Annual statistical returns and brief notes on vaccination in Bengal - 1909-1929
Year: 1909
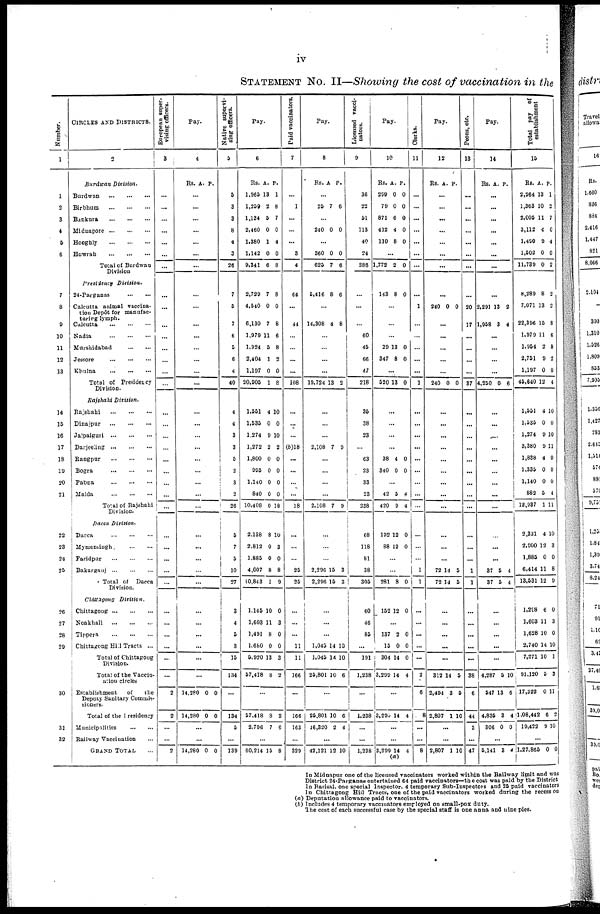
iv
STATEMENT No. II—Showing the cost of vaccination in the
Number.
1
1
2
3
4
5
6
7
8
9
10
11
12
13
14
15
16
17
18
19
20
21
22
23
24
25
26
27
28
29
30
31
32
CIRCLES AND DISTRICTS.
2
Burdwan
Division.
Burdwan
...
...
...
Birbhum
...
...
...
Bankura
...
...
...
Midnapore
...
...
...
Hooghly
...
...
...
Howrah
...
...
...
Total of Burdwan
Division
Presidency Division.
24-Parganas
...
...
Calcutta animal vaccina-
tion Depôt for manufac-
turing lymph.
Calcutta
...
...
...
Kadia
...
...
...
Murshidabad
...
...
Jessore
...
...
...
Kbulna
...
...
...
Total of Presidency
Division.
Rajshahi
Division.
Rajshahi
...
...
...
Dinajpur
...
...
...
Jalpaiguri
...
...
...
Darjeeling
...
...
...
Rangpur
...
...
...
Bogra
...
...
...
Pabna
...
...
...
Malda
...
...
...
Total of Rajshahi
Division.
Dacca Division.
Dacca
...
...
...
Mymensingh
...
...
Faridpur
...
...
...
Bakarganj
...
...
...
Total of Dacca
Division.
Chittagong Division.
Chittagong
...
...
...
Noakhali
...
...
...
Tippera
...
...
...
Chittagong Hill Tracts ...
Total of Chittagong
Division.
Total of the Vaccin-
ation circles
Establishment
of
the
Deputy Sanitary Commis-
sioners.
Total of the Presidency
Municipalities
...
...
Railway Vaccination ...
GRAND TOTAL ...
European super-
vising officers.
3
...
...
...
...
...
...
...
...
...
...
...
...
...
...
...
...
...
...
...
...
...
...
...
...
...
...
...
...
...
...
...
...
...
...
...
2
2
...
...
2
Pay.
4
Rs. A. P.
...
...
...
...
...
...
...
...
...
...
...
...
...
...
...
...
...
...
...
...
...
...
...
...
...
...
...
...
...
...
...
...
...
...
...
14,280
14,280
0
0
0
0
...
...
14,280 0 0
Native supervi-
sing officers.
5
5
3
3
8
4
3
26
7
5
7
6
5
6
4
40
4
4
3
3
5
2
3
2
26
5
7
5
10
27
3
4
5
3
15
134
...
134
5
...
139
Pay.
6
Rs.
1,965
1,259
1,134
2,460
1,380
1,142
9,341
A.
13
2
5
0
1
0
6
P.
1
8
7
0
4
0
8
2,729
4,540
6,130
1,979
1,924
2,404
1,197
20,905
7
0
7
11
5
1
0
1
8
0
8
6
8
2
0
8
1,551
1,535
1,274
1,272
1,800
995
1,140
840
10,408
4
0
9
2
0
0
0
0
0
10
0
10
2
0
0
0
0
10
2,138
2,812
1,885
4,007
10,843
8
0
0
8
1
10
3
0
8
9
1,145
1,603
1,491
1,680
5,920
57,418
10
11
8
0
13
8
0
3
0
0
3
2
...
57,418
2,796
8
7
2
6
...
60,214 15 8
Paid vaccinators.
7
...
1
...
...
...
3
4
64
...
44
...
...
...
...
108
...
...
...
(b)18
...
...
...
...
18
...
...
...
25
25
...
...
...
11
11
166
...
166
163
...
329
Pay.
8
Rs. A P.
...
25 7 6
...
240 0 0
...
360
625
0
7
0
6
5,416 8 6
...
14,308 4 8
...
...
...
...
19,724 13 2
...
...
...
2,108 7 9
...
...
...
...
2,108 7 9
...
...
...
2,296
2,296
15
15
3
3
...
...
...
1,045
1,045
25,801
14
14
10
10
10
6
...
25,801
16,320
10
2
6
4
...
42,121 12 10
Licensed vacci-
nators.
9
36
22
51
113
40
24
286
...
...
...
60
45
66
47
218
35
38
23
...
63
23
33
23
238
68
118
81
38
305
60
46
85
...
191
1,238
...
1,238
...
...
1,238
Pay.
10
Rs.
299
79
871
412
110
A.
0
0
6
4
8
P.
0
0
0
0
0
...
1,772 2 0
143 8 0
...
...
...
29
347
13
8
0
0
...
520 13 0
...
...
...
...
38
340
4
0
0
0
...
42
420
5
9
4
4
192
88
12
12
0
0
...
...
281 8 0
152 12 0
...
137
15
304
3,299
2
0
14
14
0
0
0
4
...
3,298 14 4
...
...
3,295 14
(a)
4
Clerks.
11
...
...
...
...
...
...
...
...
1
...
...
...
...
...
1
...
...
...
...
...
...
...
...
...
...
...
...
1
1
...
...
...
...
...
2
6
8
...
...
8
Pay.
12
Rs. A. P.
...
...
...
...
...
...
...
...
240 0 0
...
...
...
...
...
240 0 0
...
...
...
...
...
...
...
...
...
...
...
...
72
72
14
14
5
5
...
...
...
...
...
312
2,494
2,807
14
3
1
5
5
10
...
...
2,807 1 10
Peons, etc
13
...
...
...
...
...
...
...
...
20
17
...
...
...
...
37
...
...
...
...
...
...
...
...
...
...
...
...
1
1
...
...
...
...
...
38
6
44
3
...
47
Pay.
14
Rs. A. P.
...
...
...
...
...
...
...
...
2,291
1,958
13
3
2
4
...
...
...
...
4,250 0 6
...
...
...
...
...
...
...
...
...
...
...
...
37
37
5
5
4
4
...
...
...
...
...
4,287
547
4,835
306
5
13
3
0
10
6
4
0
...
5,141 3
4
Total pay of
establishment
15
Rs.
2,264
1,363
2,005
3,112
1,490
1,502
11,739
A.
13
10
11
4
9
0
0
P.
1
2
7
0
4
0
2
8,289
7,071
22,396
1,979
1,954
2,751
1,197
45,640
8
13
15
11
2
9
0
12
2
2
8
6
8
2
0
4
1,551
1,535
1,274
3,380
1,838
1,335
1,140
882
12,937
4
0
9
9
4
0
0
5
1
10
0
10
11
0
0
0
4
11
2,331
2,900
1,885
6,414
13,531
4
12
0
11
12
10
3
0
8
9
1,298
1,603
1,628
2,740
7,271
91,120
17,322
1,08,442
19,422
6
11
10
14
10
5
0
6
9
0
3
0
10
1
3
11
2
10
...
1,27,865 0
0
In Midnapur one of the licensed vaccinators worked within the Railway limit and was
District 24-Parganas entertained 64 paid vaccinators—the cost was paid by the District
In Barisal, one special Inspector, 4 temporary Sub-Inspectors and 25 paid vaccinators
In Chittagong Hill Tracts, one of the paid vaccinators worked during the recess on
(a) Deputation allowance paid to vaccinators.
(b) Includes 4 temporary vaccinators employed on small-pox duty.
The cost of each successful case by the special staff is one anna and nine pies.